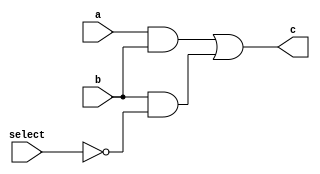
module multi_gate_delay(input a, b, select, output c);
wire w1, w2, sel_not;
//reg a, b, c, select;
and #2 a1(w1, a, b);
and #2 a2(w2, b, sel_not);
not #1 no1(sel_not, select);
or #2 or1(c, w1, w2);
endmodule